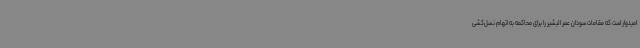
امیدوار است که مقامات سودان عمر البشیر را برای محاکمه به اتهام نسل‌کشی